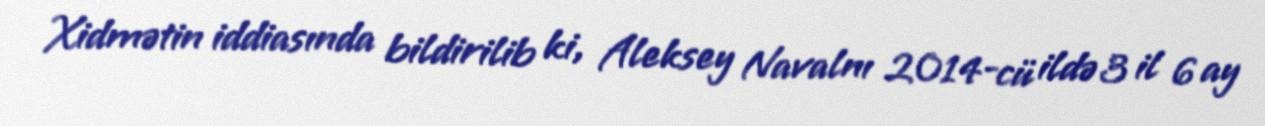
Xidmətin iddiasında bildirilib ki, Aleksey Navalnı 2014-cü ildə 3 il 6 ay